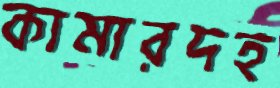
কামারদহ